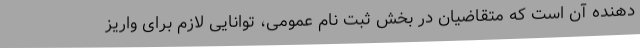
دهنده آن است که متقاضیان در بخش ثبت نام عمومی، توانایی لازم برای واریز